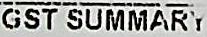
GST SUMMARY